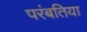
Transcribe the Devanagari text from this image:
परंबतिया